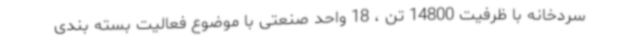
سردخانه با ظرفیت 14800 تن ، 18 واحد صنعتی با موضوع فعالیت بسته بندی